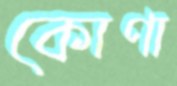
কোণা